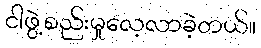
ငါဖွဲ့စည်းမှုလေ့လာခဲ့တယ်။